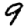
Digit: 9